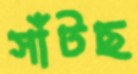
সাঁটছ